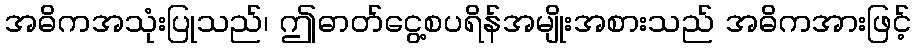
အဓိကအသုံးပြုသည်၊ ဤဓာတ်ငွေ့စပရိန်အမျိုးအစားသည် အဓိကအားဖြင့်